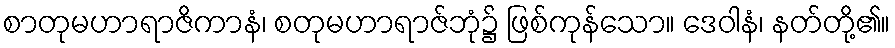
စာတုမဟာရာဇိကာနံ၊ စတုမဟာရာဇ်ဘုံ၌ ဖြစ်ကုန်သော။ ဒေဝါနံ၊ နတ်တို့၏။